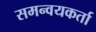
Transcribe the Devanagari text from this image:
समन्वयकर्ता